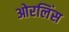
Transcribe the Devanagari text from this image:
ओरलिंस